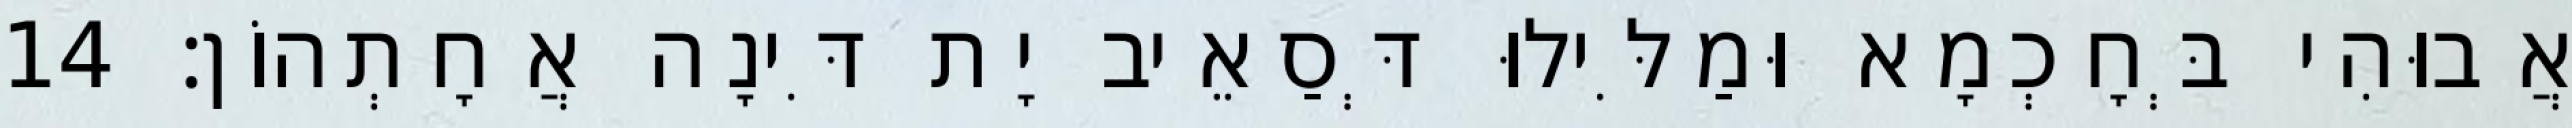
אֲבוּהִי בְּחָכְמָא וּמַלִּילוּ דְּסַאֵיב יָת דִּינָה אֲחָתְהוֹן׃ 14